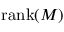
\mathrm { { r a n k } } ( M )